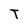
Character: T